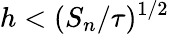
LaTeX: h<(S_{n}/\tau)^{1/2}